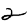
Digit: 2